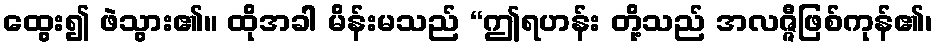
ထွေး၍ ဖဲသွား၏။ ထိုအခါ မိန်းမသည် “ဤရဟန်း တို့သည် အလဇ္ဇီဖြစ်ကုန်၏၊